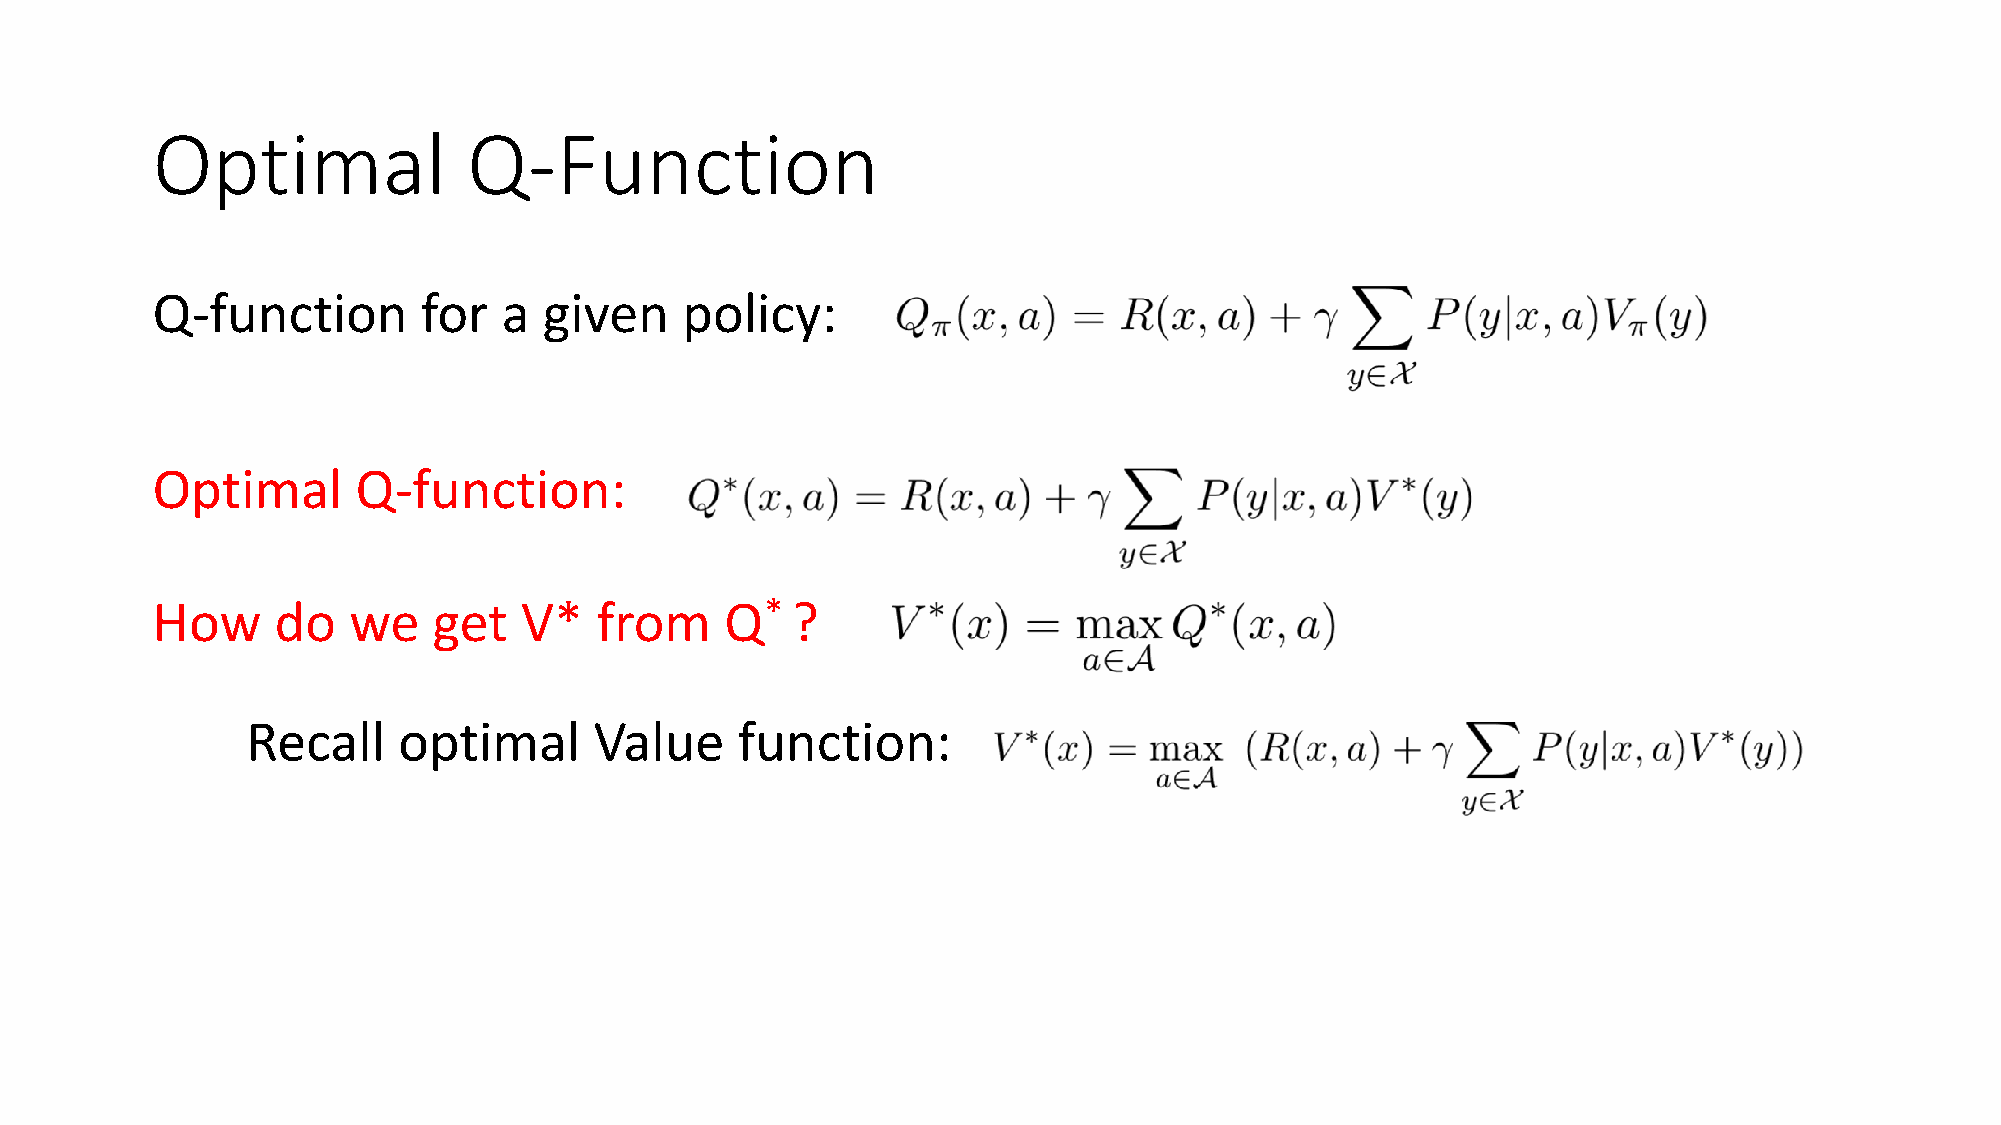
Optimal              Q-Function
 Q-function        for  a  given    policy:
 Optimal       Q-function:
 How     do   we    get  V*   from     Q*  ?
 Recall    optimal      Value     function:
 Bellman       Equation       for  Q*  :